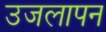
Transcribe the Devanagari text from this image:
उजलापन